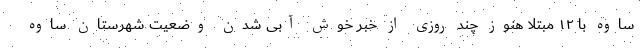
ساوه با ۱۲ مبتلا هنوز چند روزی از خبر خوش آبی شدن وضعیت شهرستان ساوه